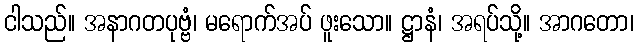
ငါသည်။ အနာဂတပုဗ္ဗံ၊ မရောက်အပ် ဖူးသော။ ဋ္ဌာနံ၊ အရပ်သို့။ အာဂတော၊